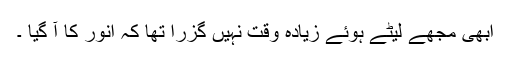
ابھی مجھے لیٹے ہوئے زیادہ وقت نہیں گزرا تھا کہ انور کا آ گیا ۔